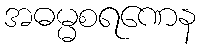
အဓမ္မစရဏေန